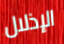
الإذلال